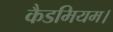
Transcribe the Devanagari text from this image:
कैडमियम।